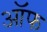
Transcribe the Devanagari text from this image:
ऑफ